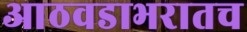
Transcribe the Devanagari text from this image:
आठवडाभरातच